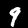
Digit: 9